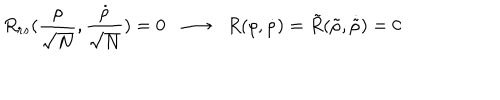
R _ { r s } ( \frac { \rho } { \sqrt N } , \frac { \dot { \rho } } { \sqrt N } ) = 0 \; \; \longrightarrow \; \; R ( \rho , \dot { \rho } ) = \tilde { R } ( \tilde { \rho } , \dot { \tilde { \rho } } ) = 0